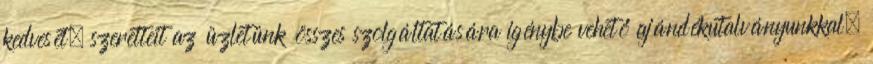
kedvesét, szeretteit az üzletünk összes szolgáltatására igénybe vehető ajándékutalványunkkal.